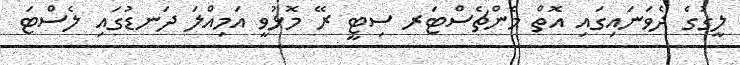
ލީގުގެ ދެވަނައިގައި އޮތް މެންޗެސްޓަރ ސިޓީ ރޭ މޮޅުވީ އަމިއްލަ ދަނޑުގައި ލެސްޓަ